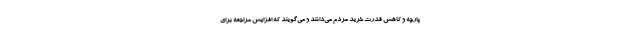
پارچه و کاهش قدرت خرید مردم می‌دانند و می‌گویند که افزایش مراجعه برای